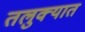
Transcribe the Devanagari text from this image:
तलुक्यात